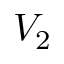
V _ { 2 }